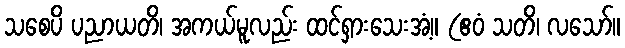
သစေပိ ပညာယတိ၊ အကယ်မူလည်း ထင်ရှားသေးအံ့။ (ဧဝံ သတိ၊ လသော်။